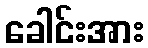
ခေါင်းအား